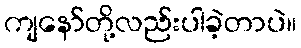
ကျနော်တို့လည်းပါခဲ့တာပဲ။